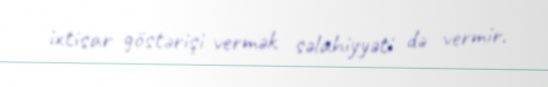
ixtisar göstərişi vermək səlahiyyəti də vermir.